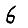
Digit: 6